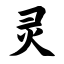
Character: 灵